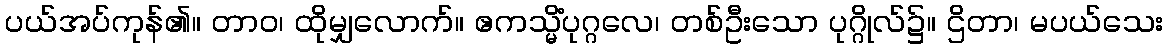
ပယ်အပ်ကုန်၏။ တာဝ၊ ထိုမျှလောက်။ ဧကသ္မိံပုဂ္ဂလေ၊ တစ်ဦးသော ပုဂ္ဂိုလ်၌။ ဌိတာ၊ မပယ်သေး